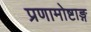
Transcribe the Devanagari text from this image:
प्रणामोष्टाङ्ग